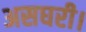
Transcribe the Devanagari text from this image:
असघरी।